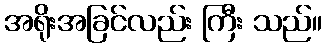
အရိုးအခြင်လည်း ကြီး သည်။